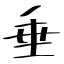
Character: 垂